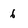
Character: 6